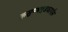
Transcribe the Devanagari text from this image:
कुसुम्भगुडकार्पास